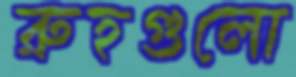
রুহগুলো